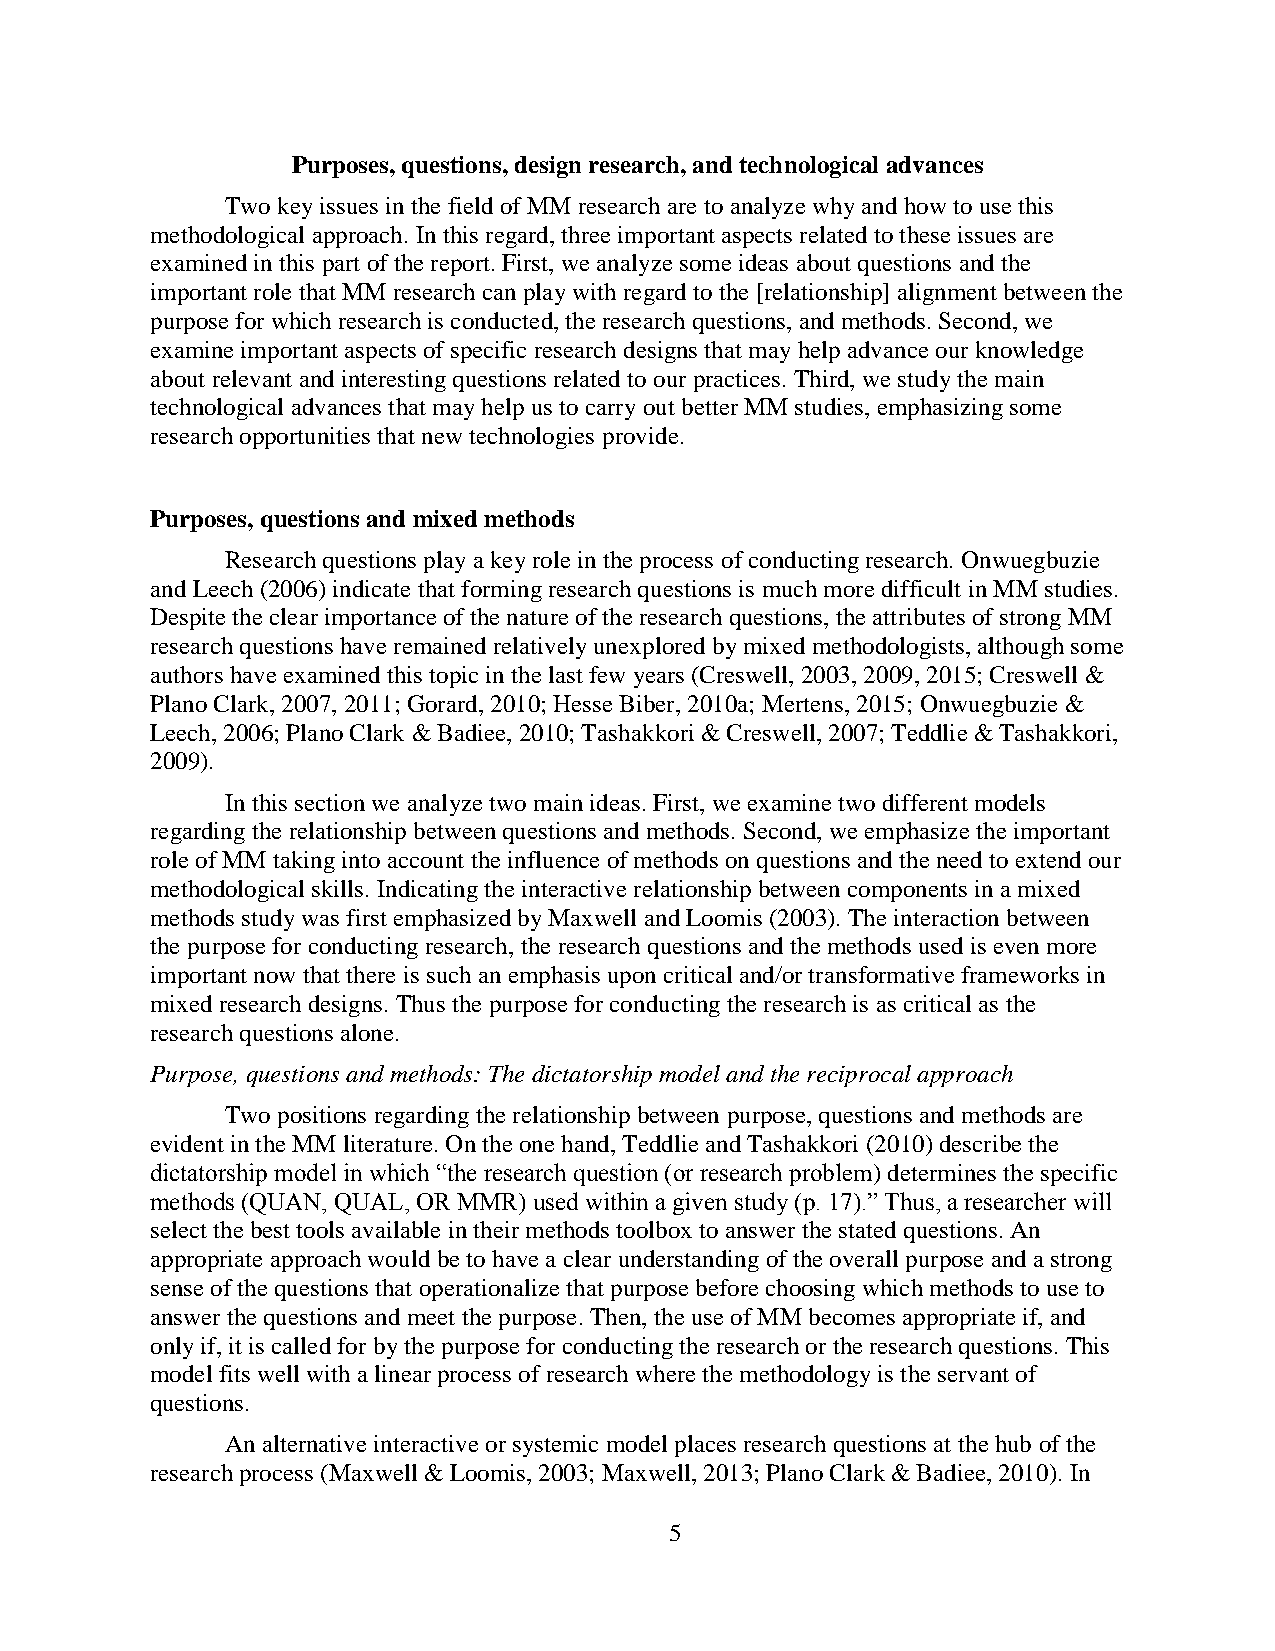
Purposes, questions, design research, and technological advances
 Two key issues in the field of MM research are to analyze why and how to use this
 methodological approach. In this regard, three important aspects related to these issues are
 examined in this part of the report. First, we analyze some ideas about questions and the
 important role that MM research can play with regard to the [relationship] alignment between the
 purpose for which research is conducted, the research questions, and methods. Second, we
 examine important aspects of specific research designs that may help advance our knowledge
 about relevant and interesting questions related to our practices. Third, we study the main
 technological advances that may help us to carry out better MM studies, emphasizing some
 research opportunities that new technologies provide.
 Purposes, questions and mixed methods
 Research questions play a key role in the process of conducting research. Onwuegbuzie
 and Leech (2006) indicate that forming research questions is much more difficult in MM studies.
 Despite the clear importance of the nature of the research questions, the attributes of strong MM
 research questions have remained relatively unexplored by mixed methodologists, although some
 authors have examined this topic in the last few years (Creswell, 2003, 2009, 2015; Creswell &
 Plano Clark, 2007, 2011; Gorard, 2010; Hesse Biber, 2010a; Mertens, 2015; Onwuegbuzie &
 Leech, 2006; Plano Clark & Badiee, 2010; Tashakkori & Creswell, 2007; Teddlie & Tashakkori,
 2009).
 In this section we analyze two main ideas. First, we examine two different models
 regarding the relationship between questions and methods. Second, we emphasize the important
 role of MM taking into account the influence of methods on questions and the need to extend our
 methodological skills. Indicating the interactive relationship between components in a mixed
 methods study was first emphasized by Maxwell and Loomis (2003). The interaction between
 the purpose for conducting research, the research questions and the methods used is even more
 important now that there is such an emphasis upon critical and/or transformative frameworks in
 mixed research designs. Thus the purpose for conducting the research is as critical as the
 research questions alone.
 Purpose, questions and methods: The dictatorship model and the reciprocal approach
 Two positions regarding the relationship between purpose, questions and methods are
 evident in the MM literature. On the one hand, Teddlie and Tashakkori (2010) describe the
 dictatorship model in which “the research question (or research problem) determines the specific
 methods (QUAN, QUAL, OR MMR) used within a given study (p. 17).” Thus, a researcher will
 select the best tools available in their methods toolbox to answer the stated questions. An
 appropriate approach would be to have a clear understanding of the overall purpose and a strong
 sense of the questions that operationalize that purpose before choosing which methods to use to
 answer the questions and meet the purpose. Then, the use of MM becomes appropriate if, and
 only if, it is called for by the purpose for conducting the research or the research questions. This
 model fits well with a linear process of research where the methodology is the servant of
 questions.
 An alternative interactive or systemic model places research questions at the hub of the
 research process (Maxwell & Loomis, 2003; Maxwell, 2013; Plano Clark & Badiee, 2010). In
 5